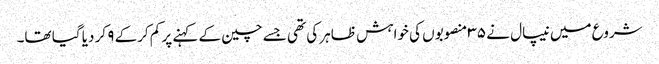
شروع میں نیپال نے ۳۵ منصوبوں کی خواہش ظاہر کی تھی جسے چین کے کہنے پر کم کرکے ۹ کر دیا گیا تھا۔